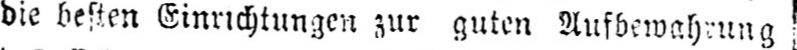
die besten Einrichtungen zur guten Aufbewahrung